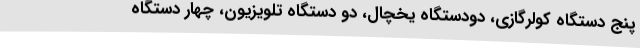
پنج دستگاه کولرگازی، دودستگاه یخچال، دو دستگاه تلویزیون، چهار دستگاه